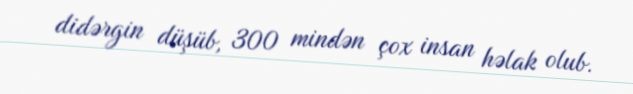
didərgin düşüb, 300 mindən çox insan həlak olub.